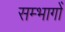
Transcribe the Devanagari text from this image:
सम्भागोँ